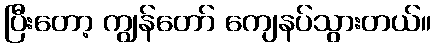
ပြီးတော့ ကျွန်တော် ကျေနပ်သွားတယ်။